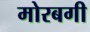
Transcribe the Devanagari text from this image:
मोरबगी